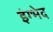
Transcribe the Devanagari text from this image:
इंग्भेद